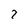
Character: 7